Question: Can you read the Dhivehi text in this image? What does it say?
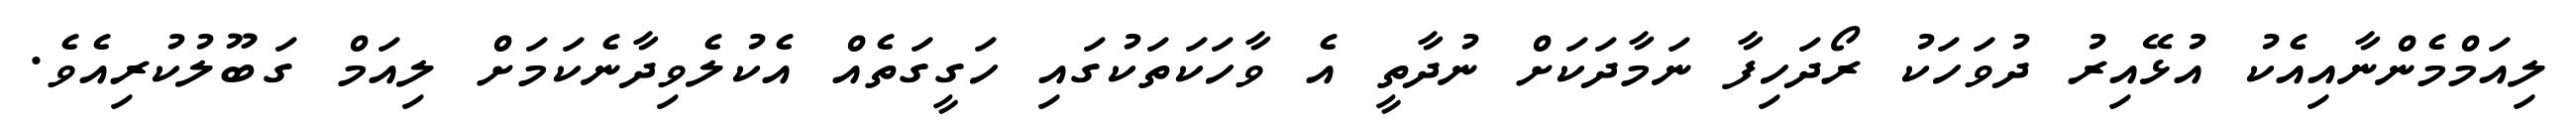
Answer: ލިއަމްމެންނާއިއެކު އުޅޭއިރު ދުވަހަކު ރޯދަހިފާ ނަމާދަކަށް ނުދާތީ އެ ވާހަކަތަކުގައި ހަގީގަތެއް އެކުލެވިދާނެކަމަށް ލިއަމް ގަބޫލުކުރިއެވެ.